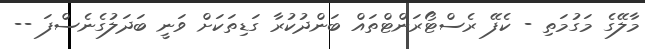
މާލޭގެ މަގުމަތި - ކެފޭ ރެސްޓޯރަންޓްތައް ބަންދުކުރާ ގަޑިތަކަށް ވަނީ ބަދަލުގެނެސްފަ --